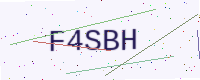
Text: F4SBH